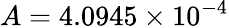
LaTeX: A=4.0945\times 10^{-4}